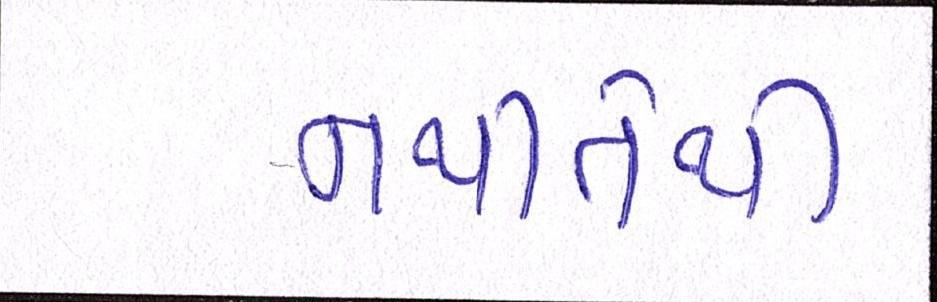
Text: નથીતેથી